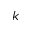
k